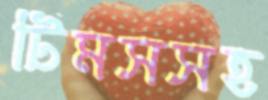
টিমসসহ